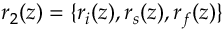
r _ { 2 } ( z ) = \{ r _ { i } ( z ) , r _ { s } ( z ) , r _ { f } ( z ) \}